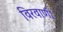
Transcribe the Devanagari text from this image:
विरवाणी